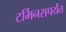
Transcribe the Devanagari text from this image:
टर्मिनसपर्यंत